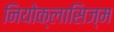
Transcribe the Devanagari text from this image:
नियोक्लासिज्म